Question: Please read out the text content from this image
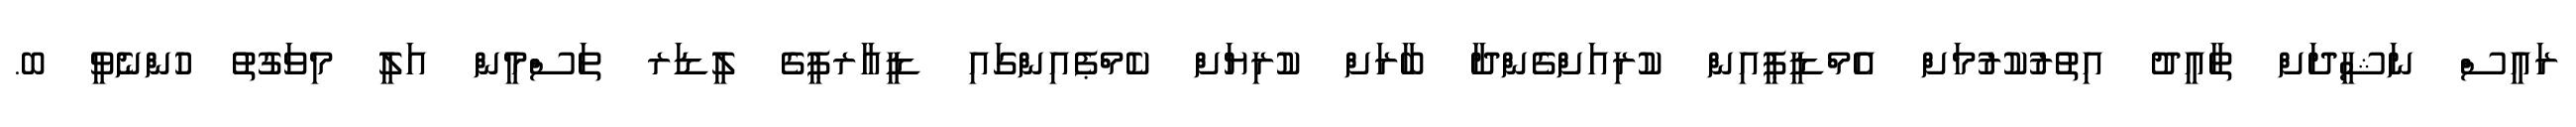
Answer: ރައީސް ނަޝީދަށް ތާއީދު އިތުރުކުރުމަށް އެމްޑީޕީއިން ކުރިއަށްގެންދާ ބާރަށް ކުރިޔަށް ކެމްޕެއިންގައި ޑީއާރޕީގެ ލީޑަރ ތަސްމީން އަލީ މިވަގުތު ހުންނެވީ ބ.